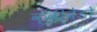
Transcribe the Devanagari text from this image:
क्वीवेडो